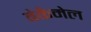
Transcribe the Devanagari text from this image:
बेकैमेल